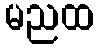
မညထ